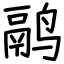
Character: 鹝